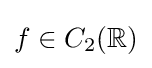
f\in C_{2}(\mathbb {R} )